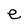
Character: e